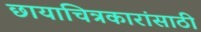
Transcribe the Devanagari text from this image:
छायाचित्रकारांसाठी